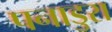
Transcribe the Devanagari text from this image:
पनाडुरा